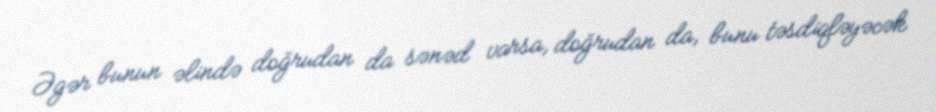
Əgər bunun əlində doğrudan da sənəd varsa, doğrudan da, bunu təsdiqləyəcək